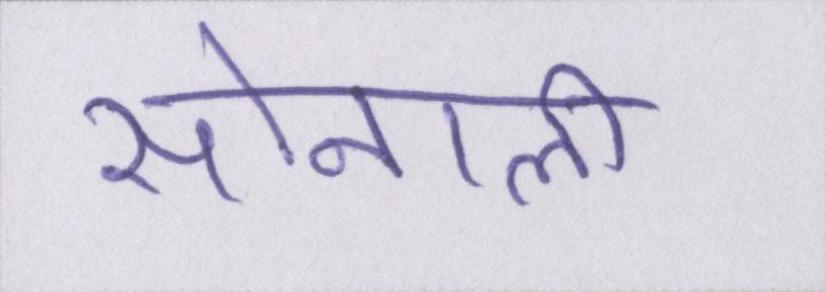
सोनाली